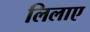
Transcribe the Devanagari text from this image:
लिलाए